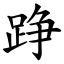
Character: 踭